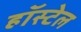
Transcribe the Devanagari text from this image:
हॉस्टेल